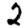
Digit: 2